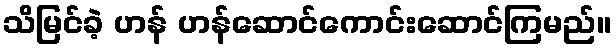
သိမြင်ခဲ့ ဟန် ဟန်ဆောင်ကောင်းဆောင်ကြမည်။